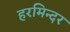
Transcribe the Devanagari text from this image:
हरमिन्दर